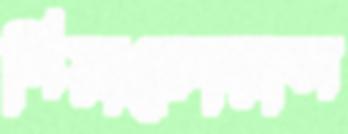
পিয়াকোরাল